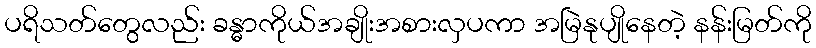
ပရိသတ်တွေလည်း ခန္ဓာကိုယ်အချိုးအစားလှပကာ အမြဲနုပျိုနေတဲ့ နန်းမြတ်ကို